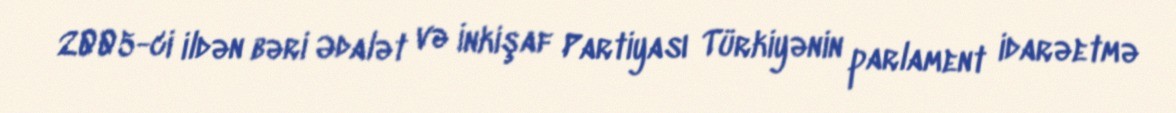
2005-ci ildən bəri Ədalət və İnkişaf Partiyası Türkiyənin parlament idarəetmə